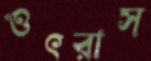
ওৎরাস